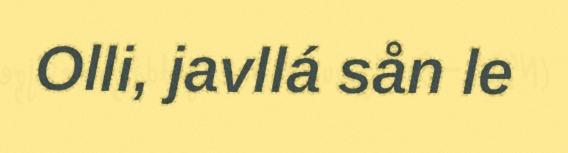
Olli, javllá sån le